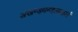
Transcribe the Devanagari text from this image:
अखण्डमण्डलाकारं